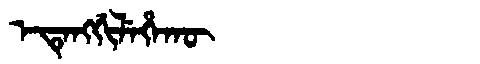
Manchu: ᡝᡨᡝᠩᡤᡳᠯᡝᡥᠠᡴᡡ
Romanization: ETENGGILEHAKŪ